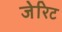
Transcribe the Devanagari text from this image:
जेरिट